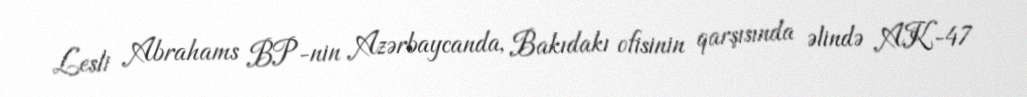
Lesli Abrahams BP-nin Azərbaycanda, Bakıdakı ofisinin qarşısında əlində AK-47